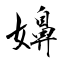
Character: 嬶